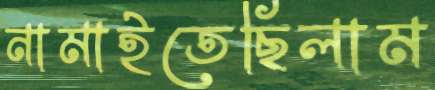
নামাইতেছিলাম